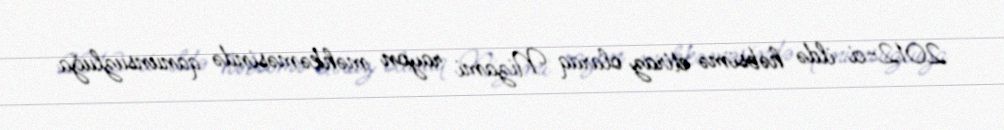
2012-ci ildə həbsimə etiraz olaraq Nizami rayon məhkəməsində qanunsuzluğa